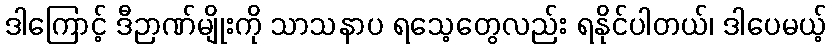
ဒါကြောင့် ဒီဉာဏ်မျိုးကို သာသနာပ ရသေ့တွေလည်း ရနိုင်ပါတယ်၊ ဒါပေမယ့်